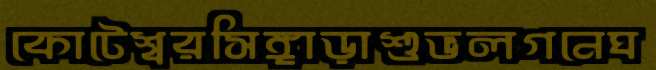
কোটেশ্বরসিঙ্গাড়াশুভলগনেঘ